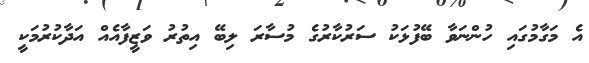
އެ މަގާމުގައި ހުންނަވާ ބޭފުޅަކު ސަރުކާރުގެ މުސާރަ ލިބޭ އިތުރު ވަޒީފާއެއް އަދާކުރުމަކީ